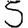
Digit: 5